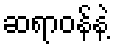
ဆရာဝန်နဲ့